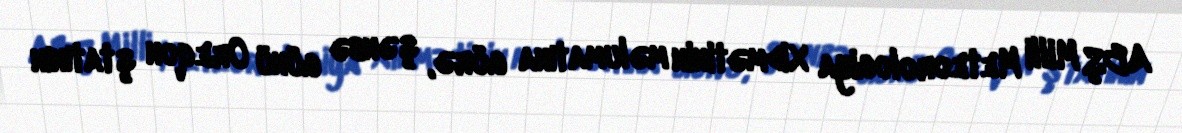
ABŞ Milli Meteorologiya Xidmətinin məlumatına görə, şənbə günü Oreqon ştatının